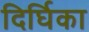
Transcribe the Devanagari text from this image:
दिर्घिका